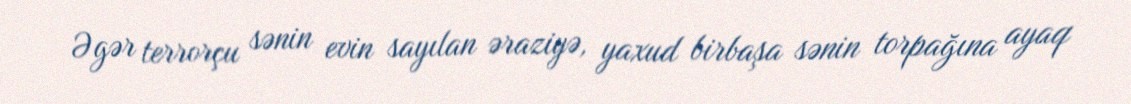
Əgər terrorçu sənin evin sayılan əraziyə, yaxud birbaşa sənin torpağına ayaq